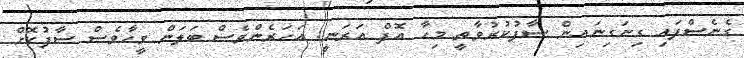
ގެނެސްފައި ގިނަގިނައިން ސާފުކުރުވާތީ މިހާ އޮފް އަރަނީ. އަހަރެންވެސް ބަލަން ވީހާވެސް ސާފުކޮށް